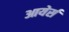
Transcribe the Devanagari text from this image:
आयेर्स